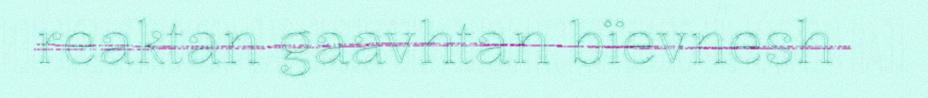
reaktan gaavhtan bïevnesh